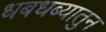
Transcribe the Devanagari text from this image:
धबधब्यातुन